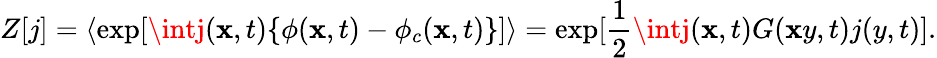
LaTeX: Z[j]=\langle\exp[\intj(\mathbf{x},t)\{ \phi(\mathbf{x},t)-\phi_{c}(\mathbf{x},t)\} ]\rangle=\exp[\frac{{1}}{{2}}\intj(\mathbf{x},t)G(\mathbf{x}y,t)j(y,t)].